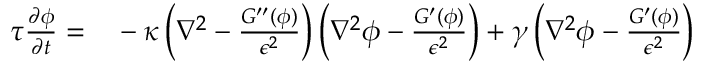
\begin{array} { r l } { \tau \frac { \partial \phi } { \partial t } = } & { { } - \kappa \left( \nabla ^ { 2 } - \frac { G ^ { \prime \prime } ( \phi ) } { \epsilon ^ { 2 } } \right) \left( \nabla ^ { 2 } \phi - \frac { G ^ { \prime } ( \phi ) } { \epsilon ^ { 2 } } \right) + \gamma \left( \nabla ^ { 2 } \phi - \frac { G ^ { \prime } ( \phi ) } { \epsilon ^ { 2 } } \right) } \end{array}